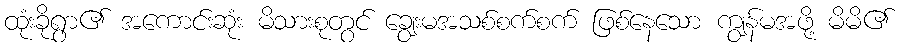
ထုံးခိုရွာ၏ အကောင်းဆုံး မိသားစုတွင် ချွေးမအသစ်စက်စက် ဖြစ်နေသော ကျွန်မအဖို့ မိမိ၏